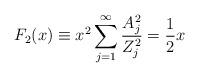
LaTeX: \begin{align*}F_2(x) \equiv x^2 \sum_{j=1}^\infty \frac{A_j^2}{Z_j^2}= \frac{1}{2}x\end{align*}